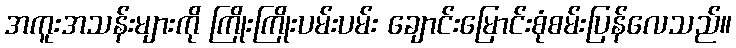
အကူးအသန်းများကို ကြိုးကြိုးပမ်းပမ်း ချောင်းမြောင်းစုံစမ်းပြန်လေသည်။